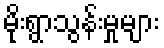
မိုးရွာသွန်းမှုများ